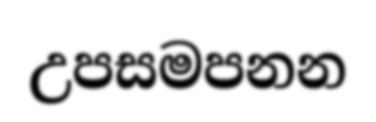
උපසමපනන